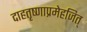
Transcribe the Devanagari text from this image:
दाहतृष्णाप्रमेहजित्‌